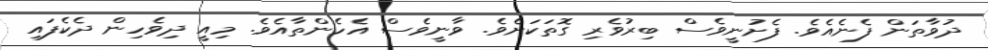
ދުވާތަން ފެނެއެވެ. ފެށުނީވެސް ބިރުވެރި ގޮތަކަށެވެ. ވާނީވެސް އެހެންތާއެވެ. މިއީ ދިވެހިން ދެކެފައި